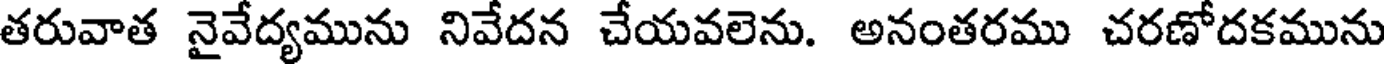
తరువాత నైవేద్యమును నివేదన చేయవలెను. అనంతరము చరణోదకమును